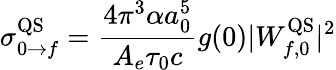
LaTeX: \sigma_{0\rightarrow f}^{\mathrm{QS}}=\frac{4\pi^{3}\alpha a_{0}^{5}}{A_{e}\tau_{0}c}g(0)|W_{f,0}^{\mathrm{QS}}|^{2}